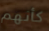
كأنهم